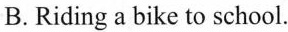
B.Riding a bike to school.